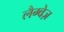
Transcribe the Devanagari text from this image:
लैग्वेज़